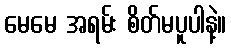
မေမေ အရမ်း စိတ်မပူပါနဲ့။